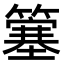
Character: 簺